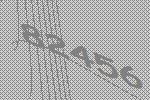
82456